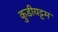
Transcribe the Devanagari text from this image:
कुडीयट्टम